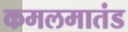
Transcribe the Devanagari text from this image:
कमलमातंड